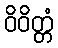
ဝိဝိတ္တံ